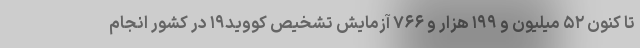
تا کنون ۵۲ میلیون و ۱۹۹ هزار و ۷۶۶ آزمایش تشخیص کووید۱۹ در کشور انجام